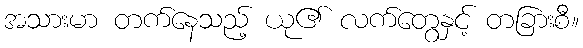
အသားမာ တက်နေသည့် ယု၏ လက်တွေနှင့် တခြားစီ။